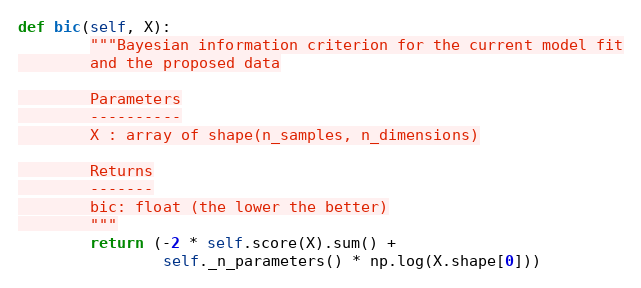
Language: Python
def bic(self, X):
        """Bayesian information criterion for the current model fit
        and the proposed data

        Parameters
        ----------
        X : array of shape(n_samples, n_dimensions)

        Returns
        -------
        bic: float (the lower the better)
        """
        return (-2 * self.score(X).sum() +
                self._n_parameters() * np.log(X.shape[0]))